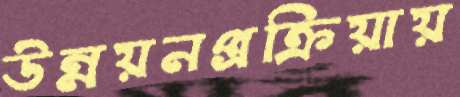
উন্নয়নপ্রক্রিয়ায়